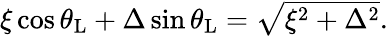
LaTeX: \begin{array}{r}{\xi\cos\theta_{\mathrm{L}}+\Delta\sin\theta_{\mathrm{L}}=\sqrt{\xi^{2}+\Delta^{2}}.}\end{array}